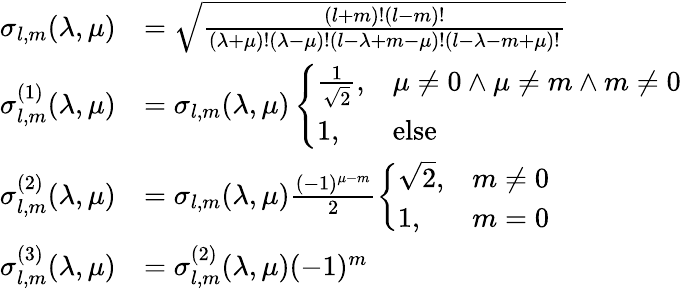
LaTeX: \begin{array}{rl}{\sigma_{l,m}(\lambda,\mu)}&{=\sqrt{\frac{(l+m)!(l-m)!}{(\lambda+\mu)!(\lambda-\mu)!(l-\lambda+m-\mu)!(l-\lambda-m+\mu)!}}}\\ {\sigma_{l,m}^{(1)}(\lambda,\mu)}&{=\sigma_{l,m}(\lambda,\mu)\left\{ \begin{array}{ll}{\frac{1}{\sqrt{2}},}&{\mu\neq 0\land\mu\neq m\land m\neq 0}\\ {1,}&{\textup{else}}\end{array}\right.}\\ {\sigma_{l,m}^{(2)}(\lambda,\mu)}&{=\sigma_{l,m}(\lambda,\mu)\frac{(-1)^{\mu-m}}{2}\left\{ \begin{array}{ll}{\sqrt{2},}&{m\neq 0}\\ {1,}&{m=0}\end{array}\right.}\\ {\sigma_{l,m}^{(3)}(\lambda,\mu)}&{=\sigma_{l,m}^{(2)}(\lambda,\mu)(-1)^{m}}\end{array}